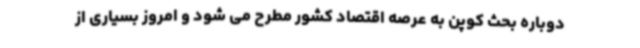
دوباره بحث کوپن به عرصه اقتصاد کشور مطرح می شود و امروز بسیاری از